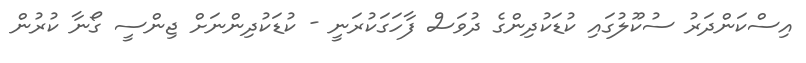
އިސްކަންދަރު ސުކޫލުގައި ކުޑަކުދިންގެ ދުވަސް ފާހަގަކުރަނީ - ކުޑަކުދިންނަށް ޖިންސީ ގޯނާ ކުރުން